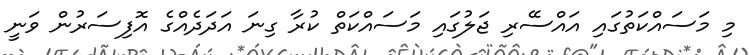
މި މަސައްކަތުގައި އައްސޭރި ޖަލުގައި މަސައްކަތް ކުރާ ގިނަ އަދަދެއްގެ އޮފިސަރުން ވަނީ